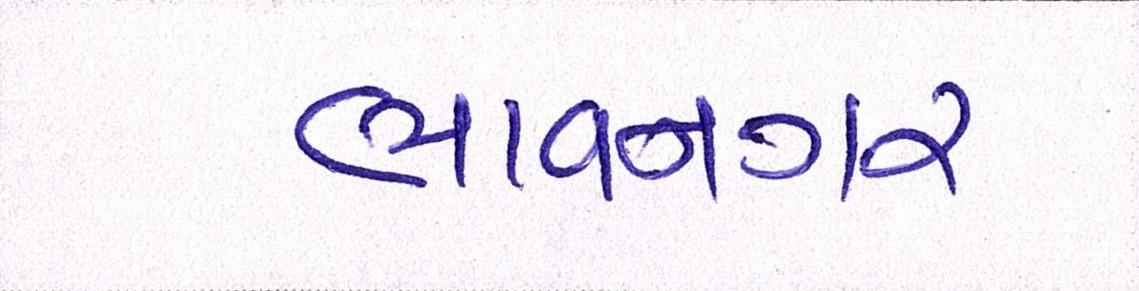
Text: ભાવનગરમાં